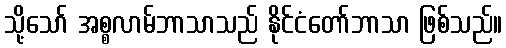
သို့သော် အစ္စလာမ်ဘာသာသည် နိုင်ငံတော်ဘာသာ ဖြစ်သည်။